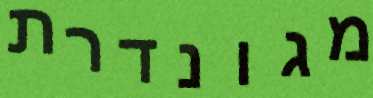
מגונדרת